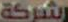
الشركة